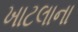
ખાટલાના